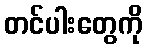
တင်ပါးတွေကို